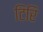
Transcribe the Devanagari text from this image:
टिरि